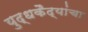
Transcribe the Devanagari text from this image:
युद्धकैद्यांचा